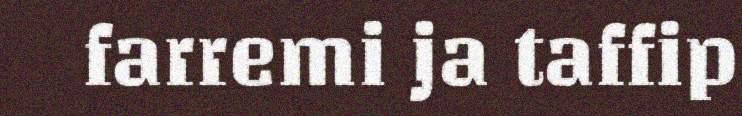
farremi ja taffip